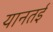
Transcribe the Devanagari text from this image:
यानतई